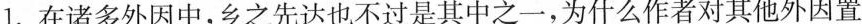
1. 在诸多外因中,乡之先达也不过是其中之一,为什么作者对其他外因置